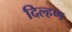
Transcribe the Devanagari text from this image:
दिल्हण